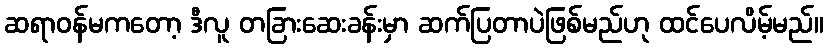
ဆရာဝန်မကတော့ ဒီလူ တခြားဆေးခန်းမှာ ဆက်ပြတာပဲဖြစ်မည်ဟု ထင်ပေလိမ့်မည်။